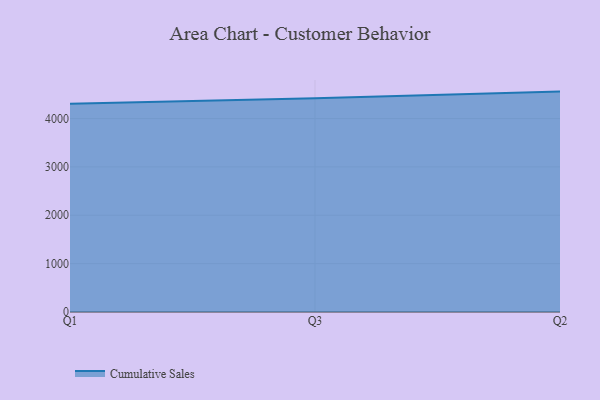
{"axis": {"x": "Quarter", "y": "Active Users"}, "legend": ["Cumulative Sales"], "data": [{"x": "Q1", "y": 4305.7, "type": "Cumulative Sales"}, {"x": "Q3", "y": 4419.3, "type": "Cumulative Sales"}, {"x": "Q2", "y": 4556.5, "type": "Cumulative Sales"}]}